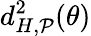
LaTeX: d_{H,\mathcal{P}}^{2}(\theta)